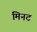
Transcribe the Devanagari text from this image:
मिनट